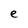
Character: e